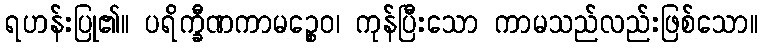
ရဟန်းပြု၏။ ပရိက္ခီဏကာမဉ္စေဝ၊ ကုန်ပြီးသော ကာမသည်လည်းဖြစ်သော။